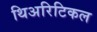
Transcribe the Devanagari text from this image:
थिअरिटिकल